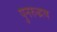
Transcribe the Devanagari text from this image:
पुनरुद्भव